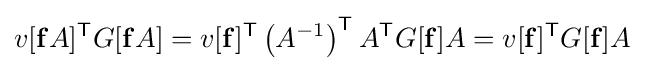
v[\mathbf {f} A]^{\mathsf {T}}G[\mathbf {f} A]=v[\mathbf {f} ]^{\mathsf {T}}\left(A^{-1}\right)^{\mathsf {T}}A^{\mathsf {T}}G[\mathbf {f} ]A=v[\mathbf {f} ]^{\mathsf {T}}G[\mathbf {f} ]A